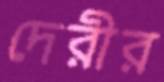
দেরীর